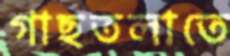
গাছতলাতে